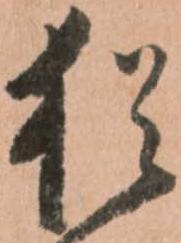
猶